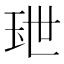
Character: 𤤙